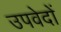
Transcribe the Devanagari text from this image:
उपवेदाें